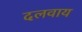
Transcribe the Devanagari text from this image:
दलवाय